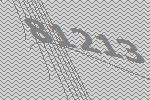
81213